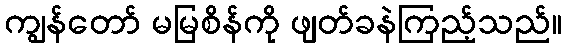
ကျွန်တော် မမြစိန်ကို ဖျတ်ခနဲကြည့်သည်။